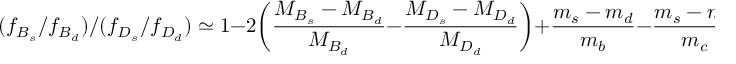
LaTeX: ( f _ { B _ { s } } / f _ { B _ { d } } ) / ( f _ { D _ { s } } / f _ { D _ { d } } ) \simeq 1 - 2 \bigg ( \frac { M _ { B _ { s } } - M _ { B _ { d } } } { M _ { B _ { d } } } - \frac { M _ { D _ { s } } - M _ { D _ { d } } } { M _ { D _ { d } } } \bigg ) + \frac { m _ { s } - m _ { d } } { m _ { b } } - \frac { m _ { s } - m _ { d } } { m _ { c } } .